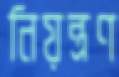
নিয়ন্ত্রণ